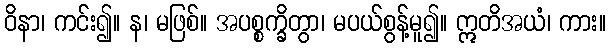
ဝိနာ၊ ကင်း၍။ န၊ မဖြစ်။ အပစ္စက္ခိတွာ၊ မပယ်စွန့်မူ၍။ ဣတိအယံ၊ ကား။